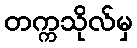
တက္ကသိုလ်မှ